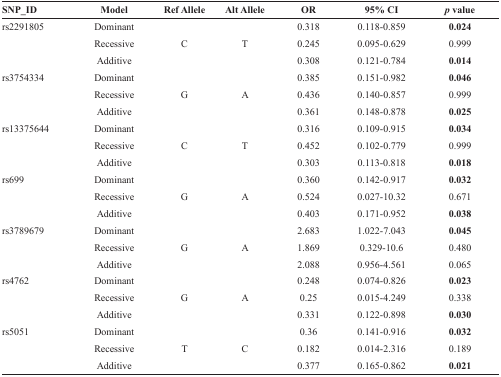
| SNP_ID | Model | Ref Allele | Alt Allele | OR | 95% CI | p value |
 | --- | --- | --- | --- | --- | --- | --- |
 | rs2291805 | Dominant |  |  | 0.318 | 0.118-0.859 | 0.024 |
 |  | Recessive | C | T | 0.245 | 0.095-0.629 | 0.999 |
 |  | Additive |  |  | 0.308 | 0.121-0.784 | 0.014 |
 | rs3754334 | Dominant |  |  | 0.385 | 0.151-0.982 | 0.046 |
 |  | Recessive | G | A | 0.436 | 0.140-0.857 | 0.999 |
 |  | Additive |  |  | 0.361 | 0.148-0.878 | 0.025 |
 | rs13375644 | Dominant |  |  | 0.316 | 0.109-0.915 | 0.034 |
 |  | Recessive | C | T | 0.452 | 0.102-0.779 | 0.999 |
 |  | Additive |  |  | 0.303 | 0.113-0.818 | 0.018 |
 | rs699 | Dominant |  |  | 0.360 | 0.142-0.917 | 0.032 |
 |  | Recessive | G | A | 0.524 | 0.027-10.32 | 0.671 |
 |  | Additive |  |  | 0.403 | 0.171-0.952 | 0.038 |
 | rs3789679 | Dominant |  |  | 2.683 | 1.022-7.043 | 0.045 |
 |  | Recessive | G | A | 1.869 | 0.329-10.6 | 0.480 |
 |  | Additive |  |  | 2.088 | 0.956-4.561 | 0.065 |
 | rs4762 | Dominant |  |  | 0.248 | 0.074-0.826 | 0.023 |
 |  | Recessive | G | A | 0.25 | 0.015-4.249 | 0.338 |
 |  | Additive |  |  | 0.331 | 0.122-0.898 | 0.030 |
 | rs5051 | Dominant |  |  | 0.36 | 0.141-0.916 | 0.032 |
 |  | Recessive | T | C | 0.182 | 0.014-2.316 | 0.189 |
 |  | Additive |  |  | 0.377 | 0.165-0.862 | 0.021 |